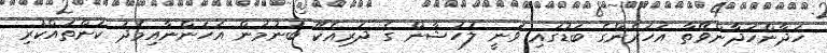
ހަދާންހަދާންވޭތާ އަހަރެންގެ ބަޑުގައި ވަނީ ލުހުޝާން ގެ ދަރިއެކޭ ބުުނުމުން އަހަންނާއިމެދު ކަންތައްކުރި